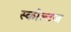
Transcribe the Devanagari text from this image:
स्कोल्टज